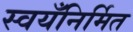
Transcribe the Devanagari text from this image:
स्वयँनिर्मित